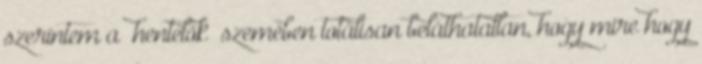
szerintem a “hentelők” szemében totálisan beláthatatlan, hogy mire hogy